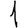
Digit: 1